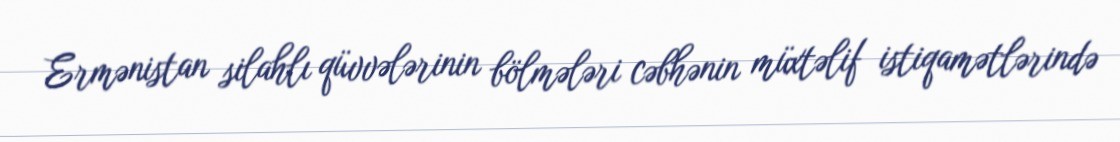
Ermənistan silahlı qüvvələrinin bölmələri cəbhənin müxtəlif istiqamətlərində